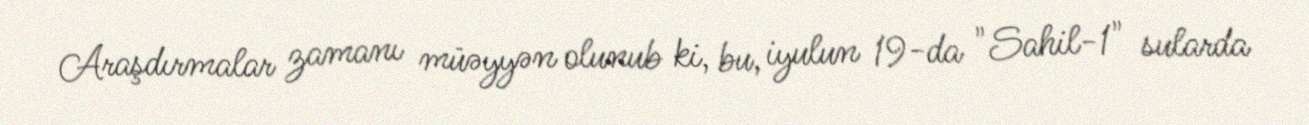
Araşdırmalar zamanı müəyyən olunub ki, bu, iyulun 19-da "Sahil-1" sularda